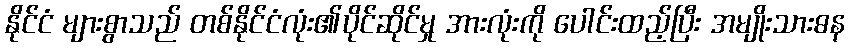
နိုင်ငံ များစွာသည် တစ်နိုင်ငံလုံး၏ပိုင်ဆိုင်မှု အားလုံးကို ပေါင်းထည့်ပြီး အမျိုးသားဓန